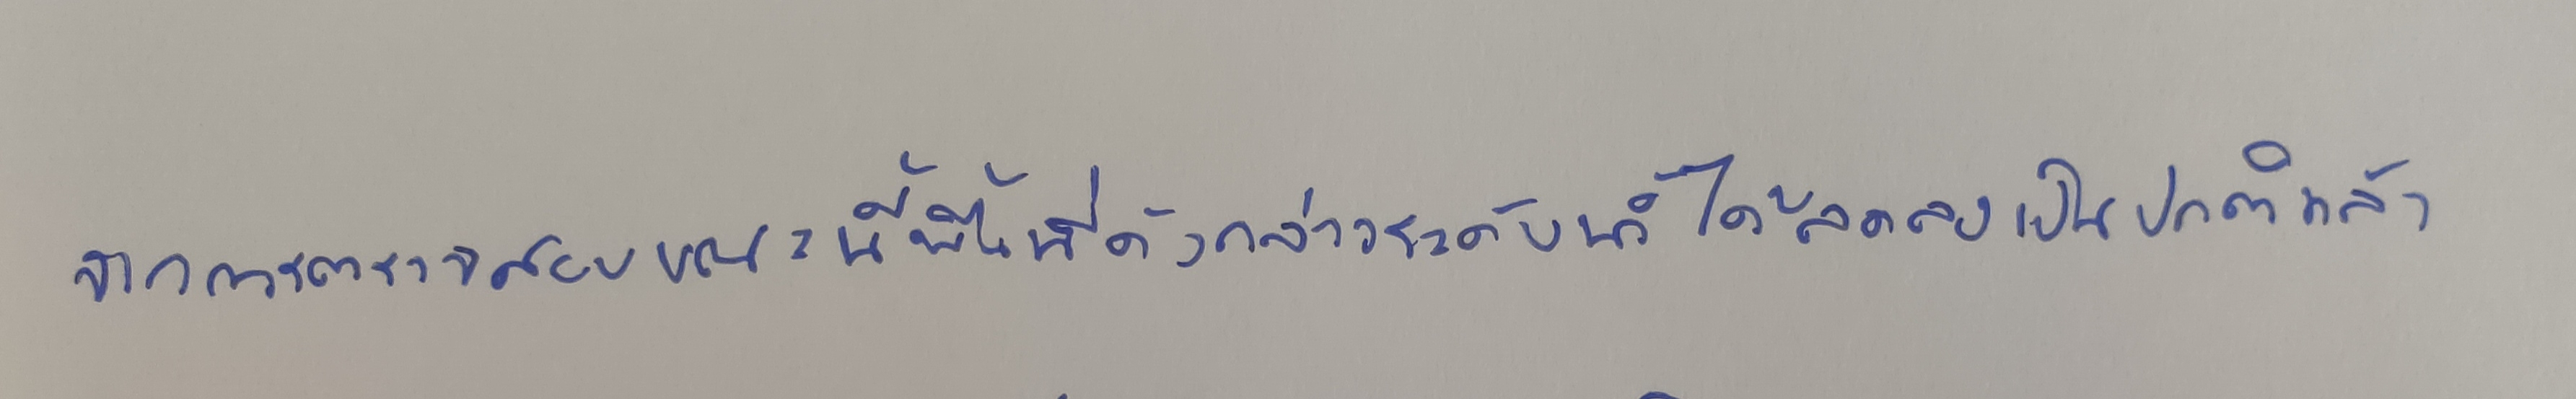
จากการตรวจสอบขณะนี้พื้นที่ดังกล่าวระดับน้ำได้ลดลงเป็นปกติแล้ว